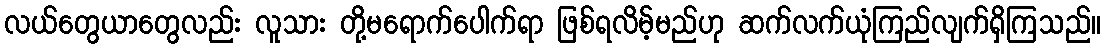
လယ်တွေယာတွေလည်း လူသား တို့မရောက်ပေါက်ရာ ဖြစ်ရလိမ့်မည်ဟု ဆက်လက်ယုံကြည်လျက်ရှိကြသည်။